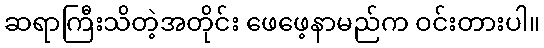
ဆရာကြီးသိတဲ့အတိုင်း ဖေဖေ့နာမည်က ဝင်းတားပါ။